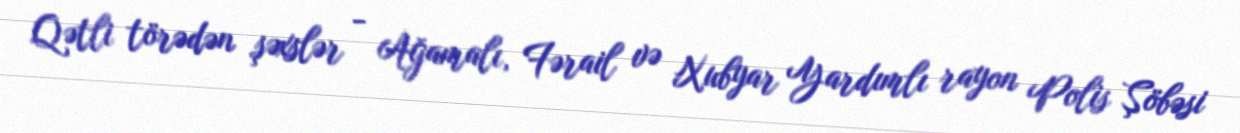
Qətli törədən şəxslər - Ağamalı, Fərail və Xubyar Yardımlı rayon Polis Şöbəsi